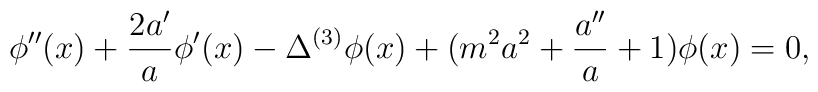
\phi''(x)+\frac{2a'}{a}\phi'(x)-\Delta^{(3)}\phi(x)+(m^{2}a^{2}+\frac{a''}{a}+1)\phi(x)=0,